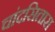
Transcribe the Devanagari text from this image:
चांदसितारा